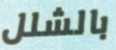
بالشلل